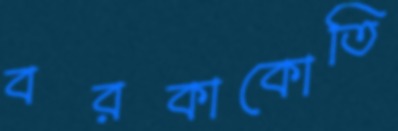
বরকাকোতি